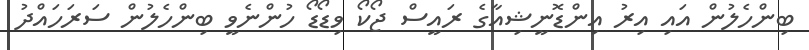
ބިންހެލުން އައި އިރު އިންޑޮނީޝިއާގެ ރައީސް ޖޯކޯ ވިޑޯޑޯ ހުންނެވީ ބިންހެލުން ސަރަހައްދު